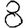
Digit: 8